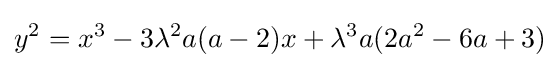
y^{2}=x^{3}-3{\lambda }^{2}a(a-2)x+{\lambda }^{3}a(2a^{2}-6a+3)